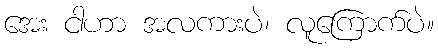
အေး ငါဟာ အလကားပဲ၊ လူကြောက်ပဲ။